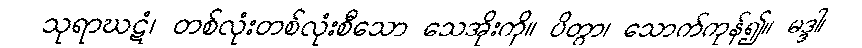
သုရာဃဋံ၊ တစ်လုံးတစ်လုံးစီသော သေအိုးကို။ ပိတွာ၊ သောက်ကုန်၍။ မဒ္ဒါ၊